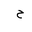
Letter: _ha